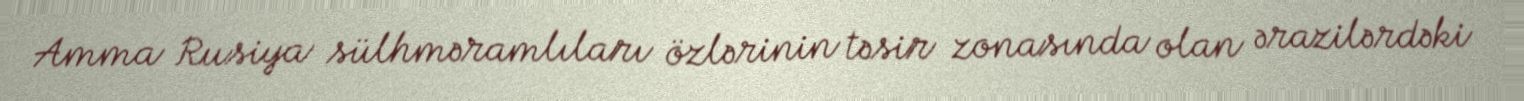
Amma Rusiya sülhməramlıları özlərinin təsir zonasında olan ərazilərdəki